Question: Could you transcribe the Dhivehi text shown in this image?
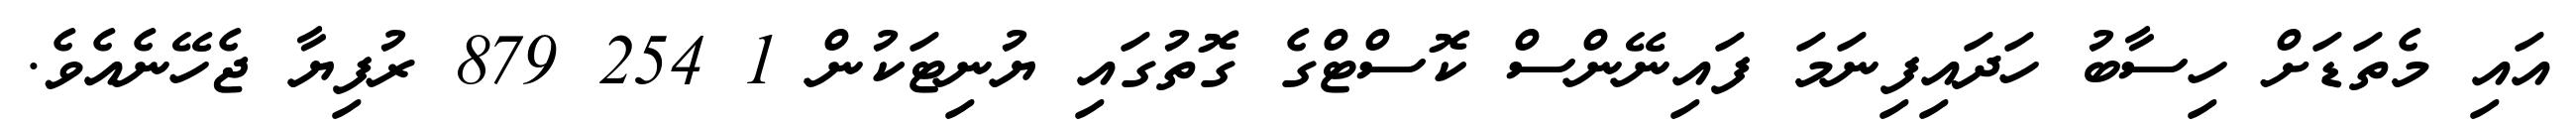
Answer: އައި މެތަޑަށް ހިސާބު ހަދައިފިނަމަ ފައިނޭންސް ކޮސްޓްގެ ގޮތުގައި ޔުނިޓަކުން 1 254 879 ރުފިޔާ ޖެހޭނެއެވެ.